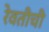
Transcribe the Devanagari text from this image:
रेवतीची